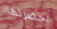
احضرتها